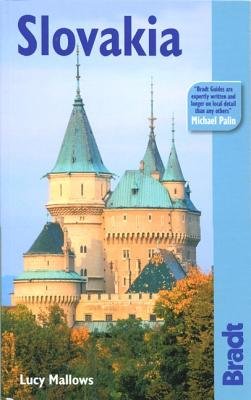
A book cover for Bradt Travel Guide Slovakia[BRADT TRAVEL GD SLOVAKIA][Paperback]; LucindaMallows; Travel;